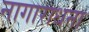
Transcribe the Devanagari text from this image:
नागाराधना